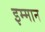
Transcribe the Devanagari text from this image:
इम्मान